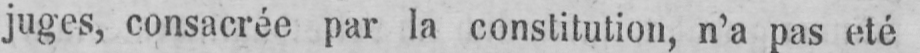
juges, consacrée par la constitution, n’a pas eté